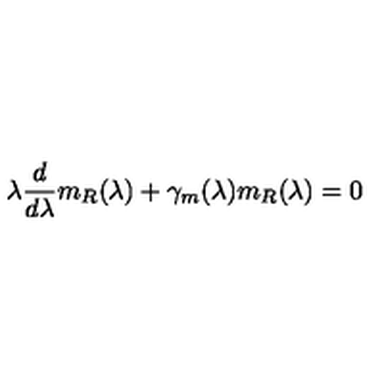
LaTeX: \lambda \frac d { d \lambda } m _ { R } ( \lambda ) + \gamma _ { m } ( \lambda ) m _ { R } ( \lambda ) = 0